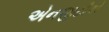
એનજીટીએ